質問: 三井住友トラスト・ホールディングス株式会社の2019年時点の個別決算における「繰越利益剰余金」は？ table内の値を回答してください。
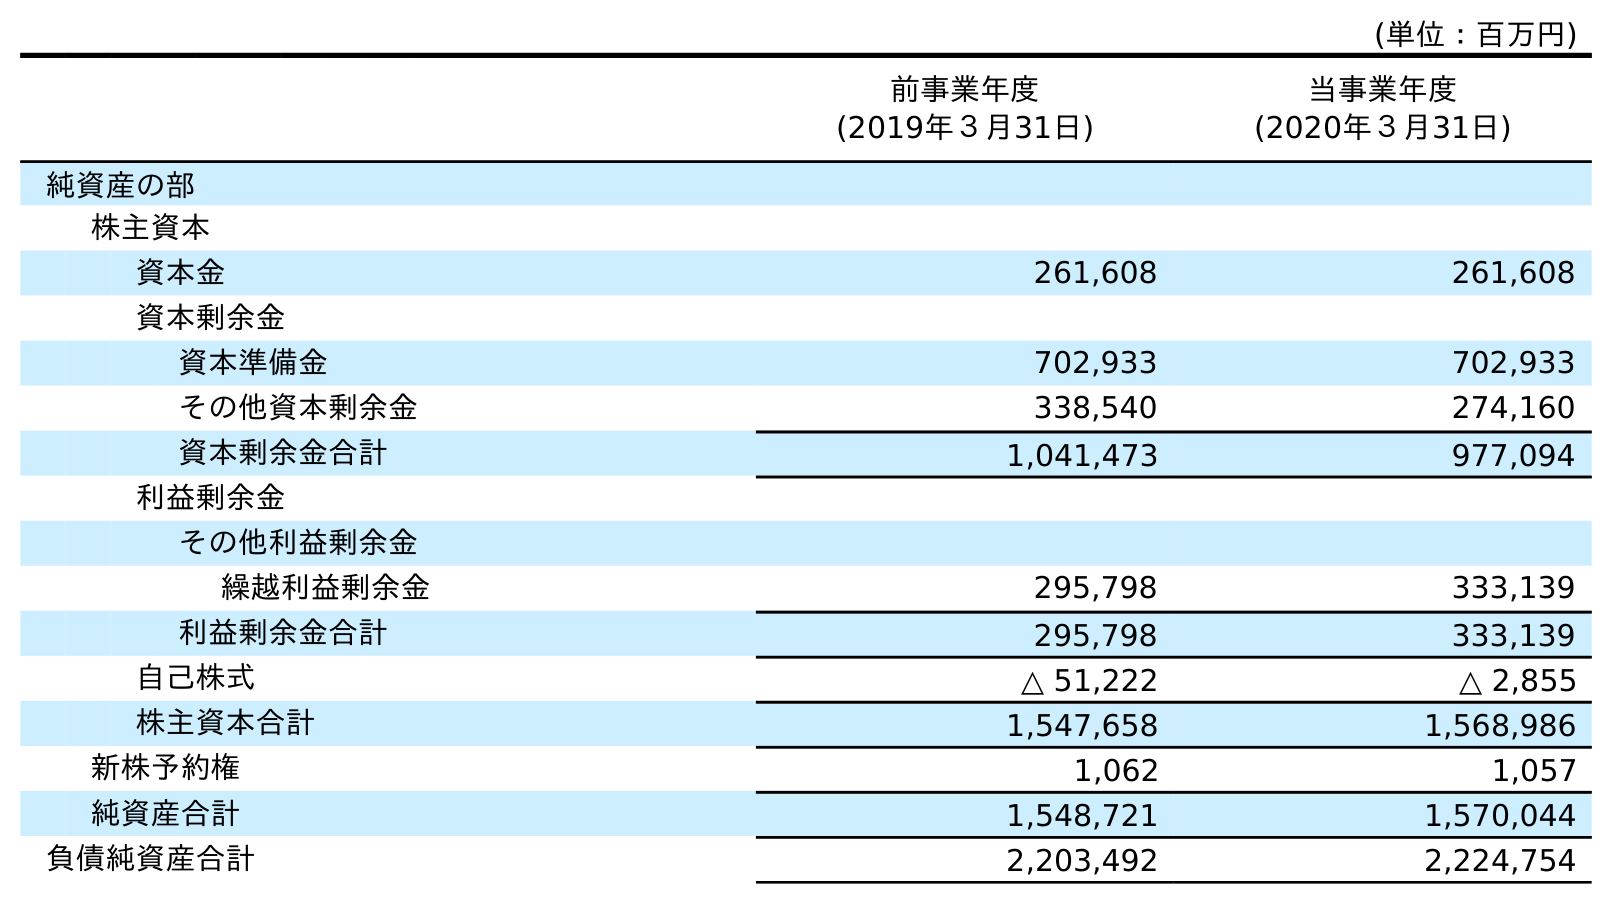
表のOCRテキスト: (単位：百万円) 前事業年度 (2019年３月31日) 当事業年度 (2020年３月31日) 純資産の部 株主資本 資本金 261,608 261,608 資本剰余金 資本準備金 702,933 702,933 その他資本剰余金 338,540 274,160 資本剰余金合計 1,041,473 977,094 利益剰余金 その他利益剰余金 繰越利益剰余金 295,798 333,139 利益剰余金合計 295,798 333,139 自己株式 △ 51,222 △ 2,855 株主資本合計 1,547,658 1,568,986 新株予約権 1,062 1,057 純資産合計 1,548,721 1,570,044 負債純資産合計 2,203,492 2,224,754
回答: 295,798